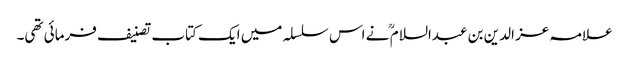
علامہ عز الدین بن عبدالسلام ؒ نے اس سلسلہ میں ایک کتاب تصنیف فرمائی تھی۔